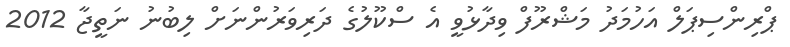
ޕްރިންސިޕަލް އަހުމަދު މަޝްރޫފް ވިދާޅުވީ އެ ސްކޫލުގެ ދަރިވަރުންނަށް ލިބުނު ނަތީޖާ 2012